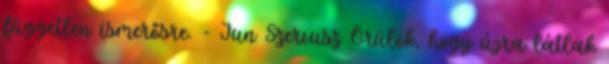
független ismerősre. - Jun Szervusz Örülök, hogy újra látlak